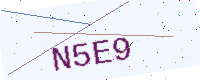
Text: N5E9